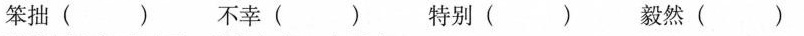
笨拙( ) 不幸( ) 特别( ) 毅然( )